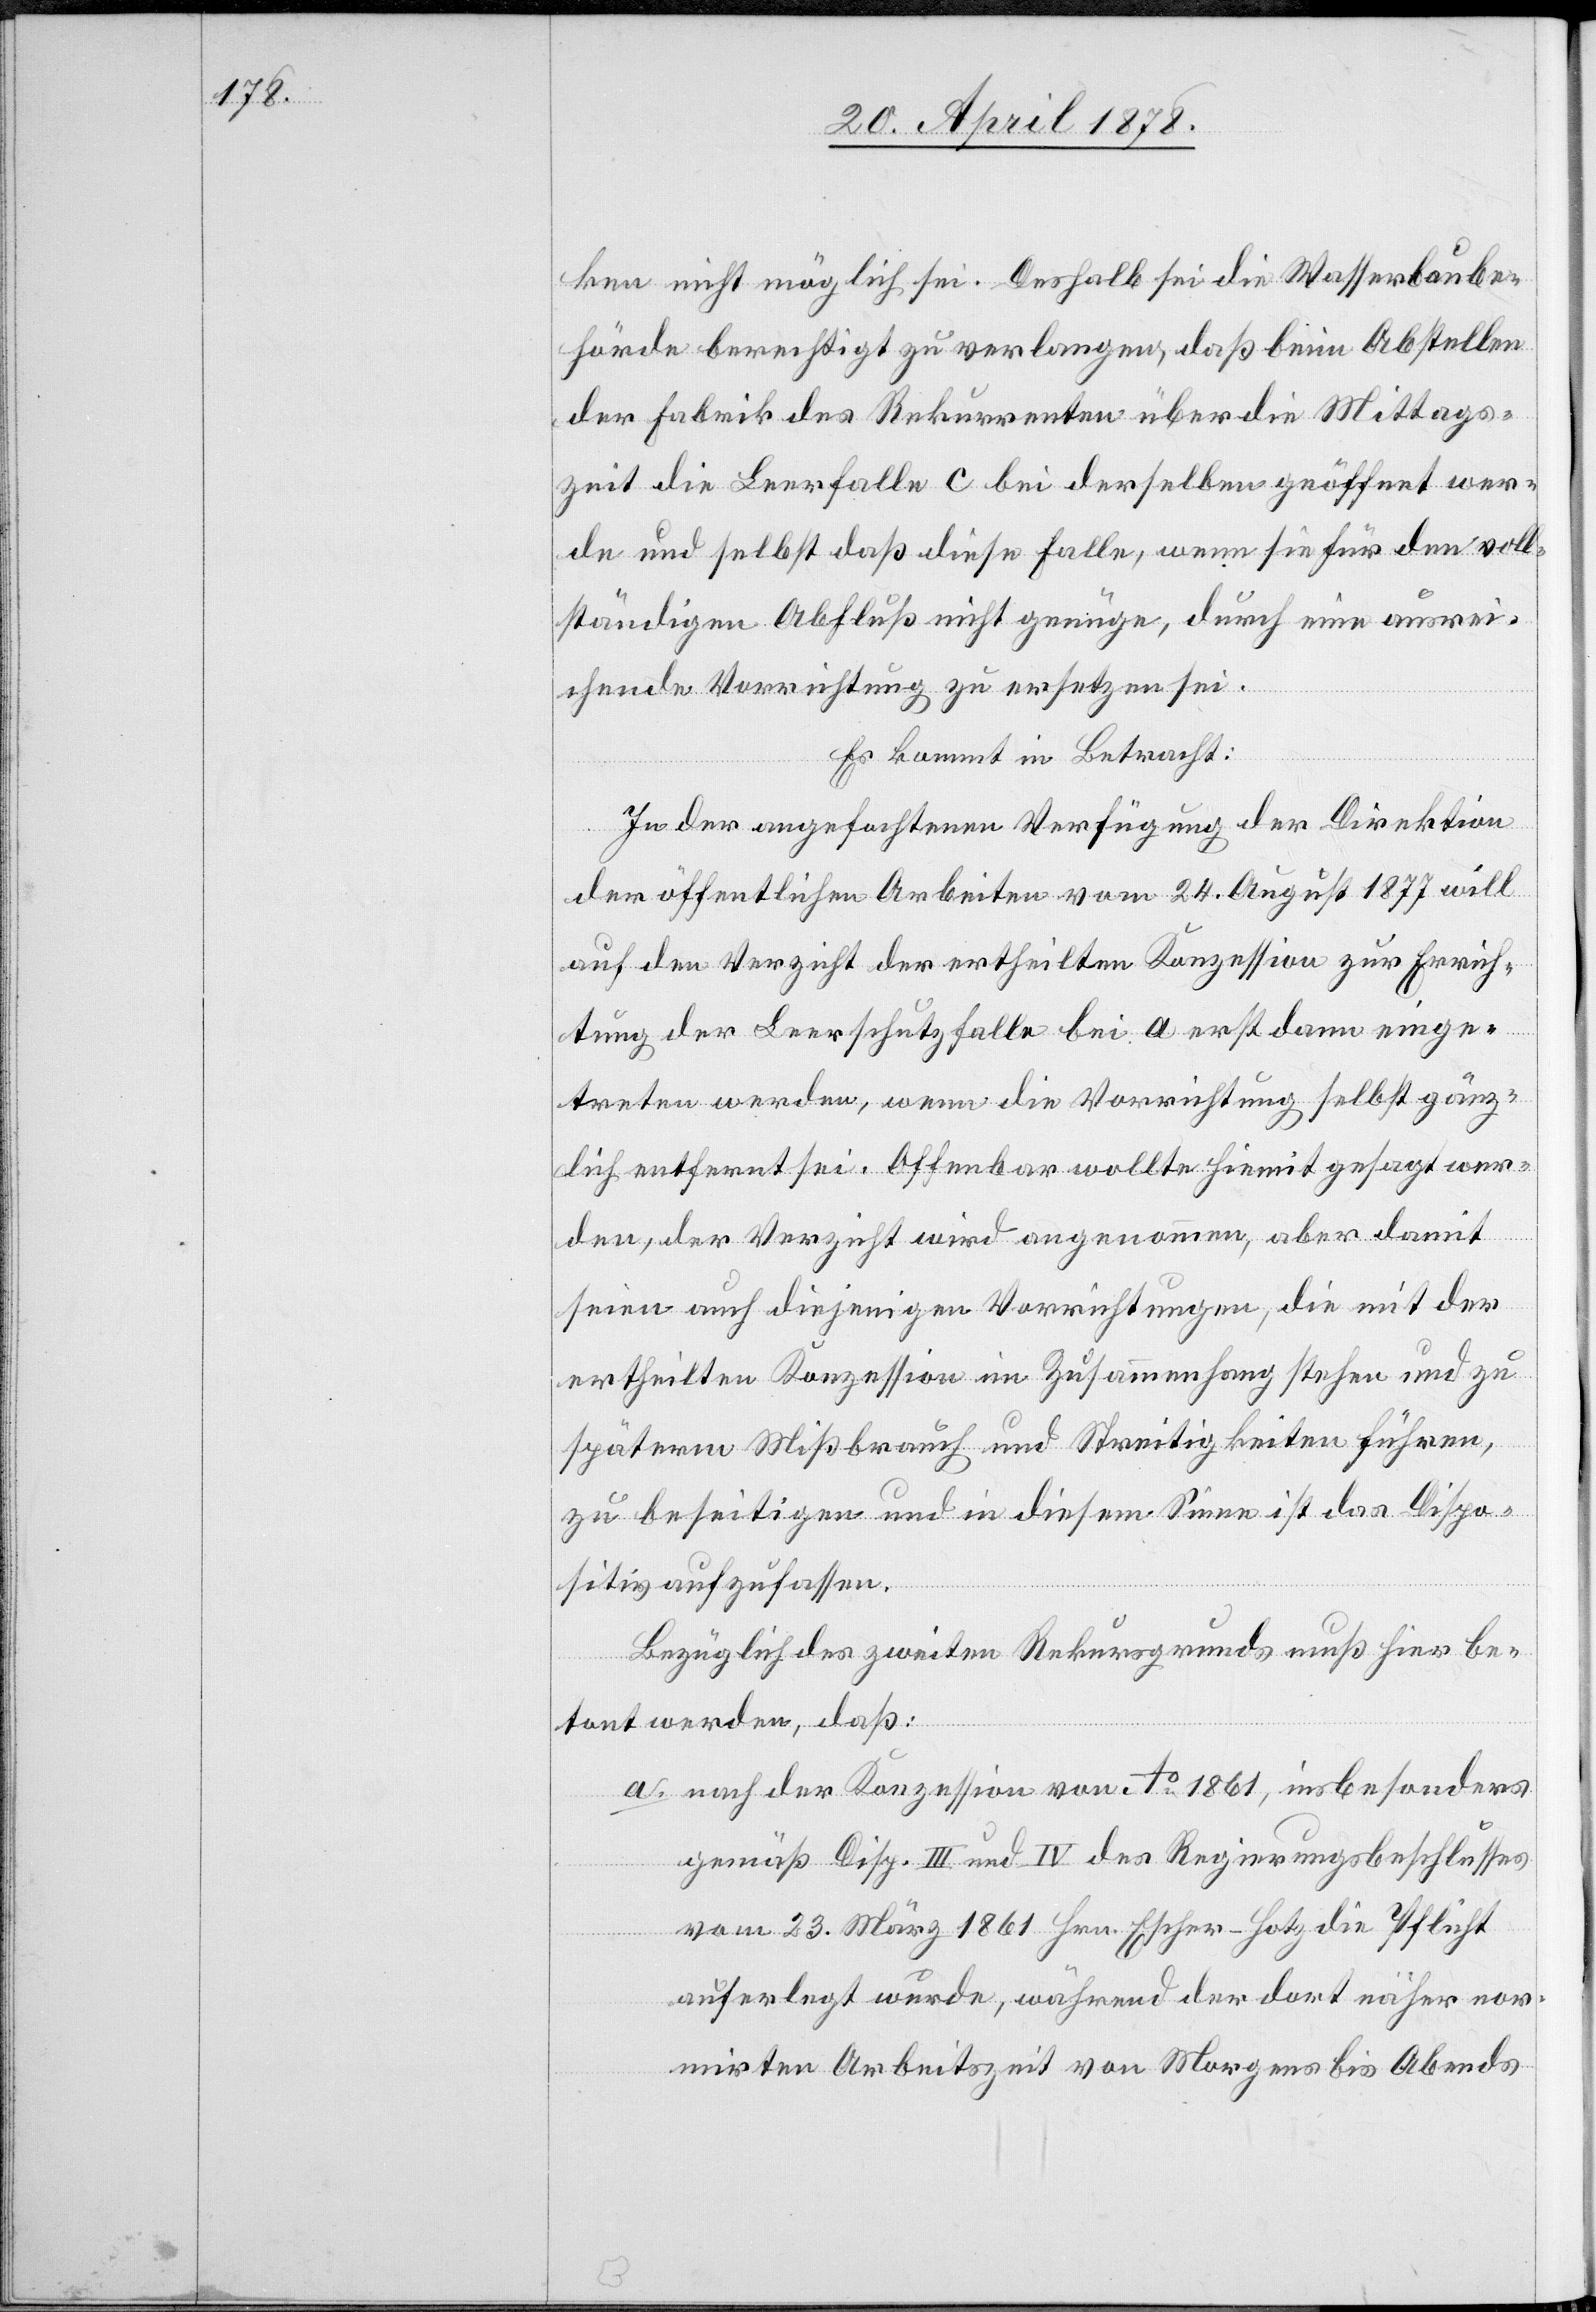
ken nicht möglich sei. Deshalb sei die Wasserbaube¬
hörde berechtigt zu verlangen, daß beim Abstellen
der Fabrik des Rekurrenten über die Mittags¬
zeit die Leerfalle c bei derselben geöffnet wer¬
de und selbst daß diese Falle, wenn sie für den voll¬
ständigen Abfluß nicht genüge, durch eine ausrei¬
chende Vorrichtung zu ersetzen sei.
Es kommt in Betracht:
In der angefochtenen Verfügung der Direktion
der öffentlichen Arbeiten vom 24. August 1877 will
auf den Verzicht der ertheilten Konzession zur Errich¬
tung der Leerschutzfalle bei a erst dann einge¬
treten werden, wenn die Vorrichtung selbst gänz¬
lich entfernt sei. Offenbar wollte hiemit gesagt wer¬
den, der Verzicht wird angenommen, aber damit
seien auch diejenigen Vorrichtungen, die mit der
ertheilten Konzession in Zusammenhang stehen und zu
späterm Mißbrauch und Streitigkeiten führen,
zu beseitigen und in diesem Sinne ist das Dispo¬
sitiv aufzufassen.
Bezüglich des zweiten Rekursgrunds muß hier be¬
tont werden, daß:
nach der Konzession von Ao 1861, insbesonders
a.
gemäß Disp. III und IV des Regierungsbeschlusses
vom 23. März 1861 Hrn. Escher-Hotz die Pflicht
auferlegt wurde, während der dort näher nor¬
mirten Arbeitszeit von Morgens bis Abends